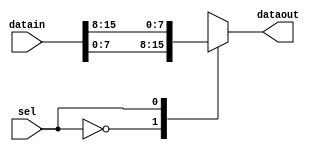
// This program was cloned from: https://github.com/MiSTeX-devel/MiSTeX-ports
// License: BSD 3-Clause "New" or "Revised" License

// (C) 2001-2023 Intel Corporation. All rights reserved.
// Your use of Intel Corporation's design tools, logic functions and other 
// software and tools, and its AMPP partner logic functions, and any output 
// files from any of the foregoing (including device programming or simulation 
// files), and any associated documentation or information are expressly subject 
// to the terms and conditions of the Intel Program License Subscription 
// Agreement, Intel FPGA IP License Agreement, or other applicable 
// license agreement, including, without limitation, that your use is for the 
// sole purpose of programming logic devices manufactured by Intel and sold by 
// Intel or its authorized distributors.  Please refer to the applicable 
// agreement for further details.


`timescale 1 ps / 1 ps

module rw_manager_datamux(datain, sel, dataout);
	parameter DATA_WIDTH = 8;
	parameter SELECT_WIDTH = 1;
	parameter NUMBER_OF_CHANNELS = 2;

	input [NUMBER_OF_CHANNELS * DATA_WIDTH - 1 : 0] datain;
	input [SELECT_WIDTH - 1 : 0] sel;
	output [DATA_WIDTH - 1 : 0] dataout;

	wire [DATA_WIDTH - 1 : 0] vectorized_data [0 : NUMBER_OF_CHANNELS - 1];

	assign dataout = vectorized_data[sel];

	genvar c;
	generate
		for(c = 0 ; c < NUMBER_OF_CHANNELS ; c = c + 1) 
		begin : channel_iterator
			assign vectorized_data[c] = datain[(c + 1) * DATA_WIDTH - 1 : c * DATA_WIDTH];
		end
	endgenerate
	
`ifdef ADD_UNIPHY_SIM_SVA
	assert property (@datain NUMBER_OF_CHANNELS == 2**SELECT_WIDTH) else
	    $error("%t, [DATAMUX ASSERT] NUMBER_OF_CHANNELS PARAMETER is incorrect, NUMBER_OF_CHANNELS = %d, 2**SELECT_WIDTH = %d", $time, NUMBER_OF_CHANNELS, 2**SELECT_WIDTH);
`endif

endmodule